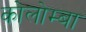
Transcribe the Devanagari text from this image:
कोलोम्बा